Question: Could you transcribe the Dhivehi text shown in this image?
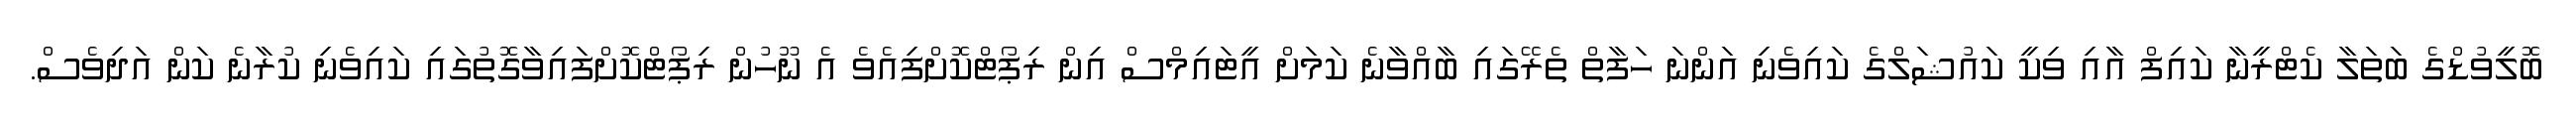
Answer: ބޮލީވުޑްގެ ބަތަލާ ކެޓްރީނާ ކައިފް އާއި ވިކީ ކައުޝަލްގެ ކައިވެނި އަންނަ ހަފާތް ތެރޭގައި ބާއްވާނެ ކަމަށް އީޓައިމްސް އިން ރިޕޯޓްކޮށްފިއެވެ އެ ނޫހުން ރިޕޯޓްކޮށްފައިވާގޮތުގައި ކައިވެނި ކުރާނެ ކަން އަދިވެސް.